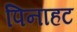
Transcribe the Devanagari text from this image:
पिनाहट